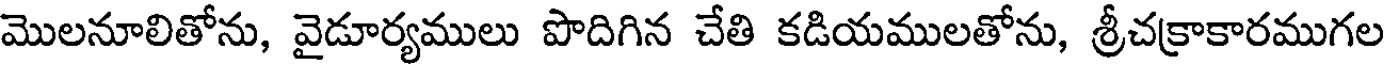
మొలనూలితోను, వైడూర్యములు పొదిగిన చేతి కడియములతోను, శ్రీచక్రాకారముగల